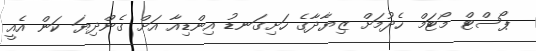
ޕޯސްޓް މޯޓަމް ހެދުމަށް ޒިޔާދާގެ ހަށިގަނޑު އިންޑިއާ އަށް ގެންދިޔަ ކަން އެއީ